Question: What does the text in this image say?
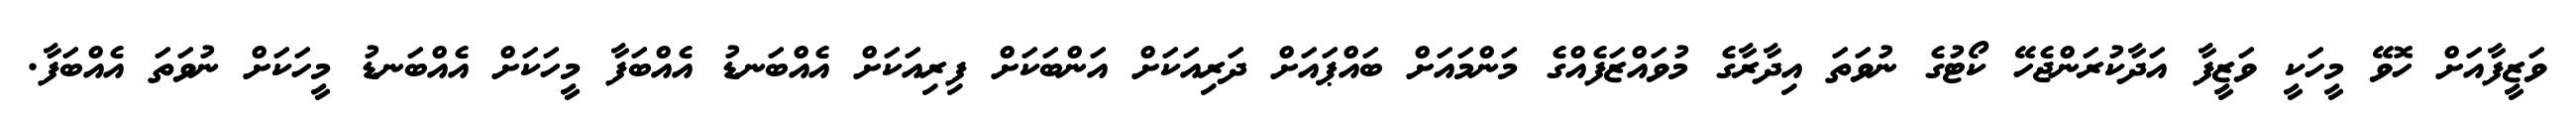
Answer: ވަޒީފާއަށް ހޮވޭ މީހަކީ ވަޒީފާ އަދާކުރަންޖެހޭ ކޯޓުގެ ނުވަތަ އިދާރާގެ މުވައްޒަފެއްގެ މަންމައަށް ބައްޕައަށް ދަރިއަކަށް އަންބަކަށް ފިރިއަކަށް އެއްބަނޑު އެއްބަފާ މީހަކަށް އެއްބަނޑު މީހަކަށް ނުވަތަ އެއްބަފާ.